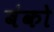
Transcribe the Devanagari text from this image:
बंको